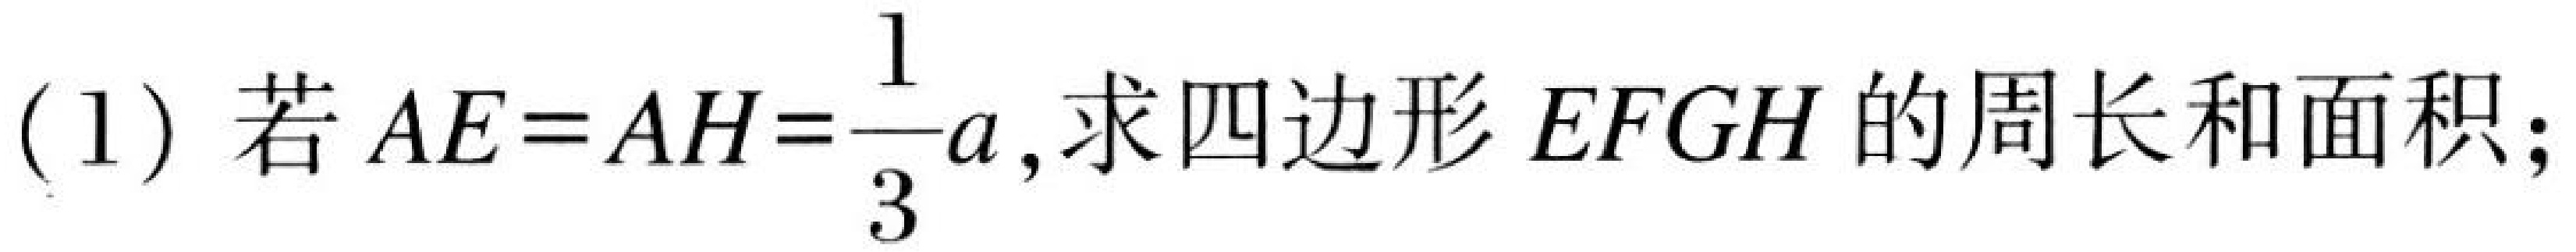
(1) 若 \(AE = AH=\frac{1}{3}a\), 求四边形 \(EFGH\) 的周长和面积;